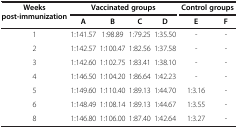
| Weeks post-immunization | <COLSPAN=4> Vaccinated groups | <COLSPAN=2> Control groups |
 |  | A | B | C | D | E | F |
 | --- | --- | --- | --- | --- | --- | --- |
 | 1 | 1:141.57 | 1:98.89 | 1:79.25 | 1:35.50 | - | - |
 | 2 | 1:142.57 | 1:100.47 | 1:82.56 | 1:37.58 | - | - |
 | 3 | 1:142.60 | 1:102.75 | 1:83.41 | 1:38.10 | - | - |
 | 4 | 1:146.50 | 1:104.20 | 1:86.64 | 1:42.23 | - | - |
 | 5 | 1:149.60 | 1:110.40 | 1:89.13 | 1:44.70 | 1:3.16 | - |
 | 6 | 1:148.49 | 1:108.14 | 1:89.13 | 1:44.67 | 1:3.55 | - |
 | 8 | 1:146.80 | 1:106.00 | 1:87.40 | 1:42.64 | 1:3.27 | - |